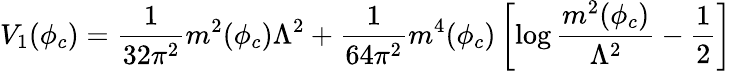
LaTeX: V_{1}(\phi_{c})=\frac{1}{32\pi^{2}}m^{2}(\phi_{c})\Lambda^{2}+\frac{1}{64\pi^{2}}m^{4}(\phi_{c})\left[\log\frac{m^{2}(\phi_{c})}{\Lambda^{2}}-\frac{1}{2}\right]